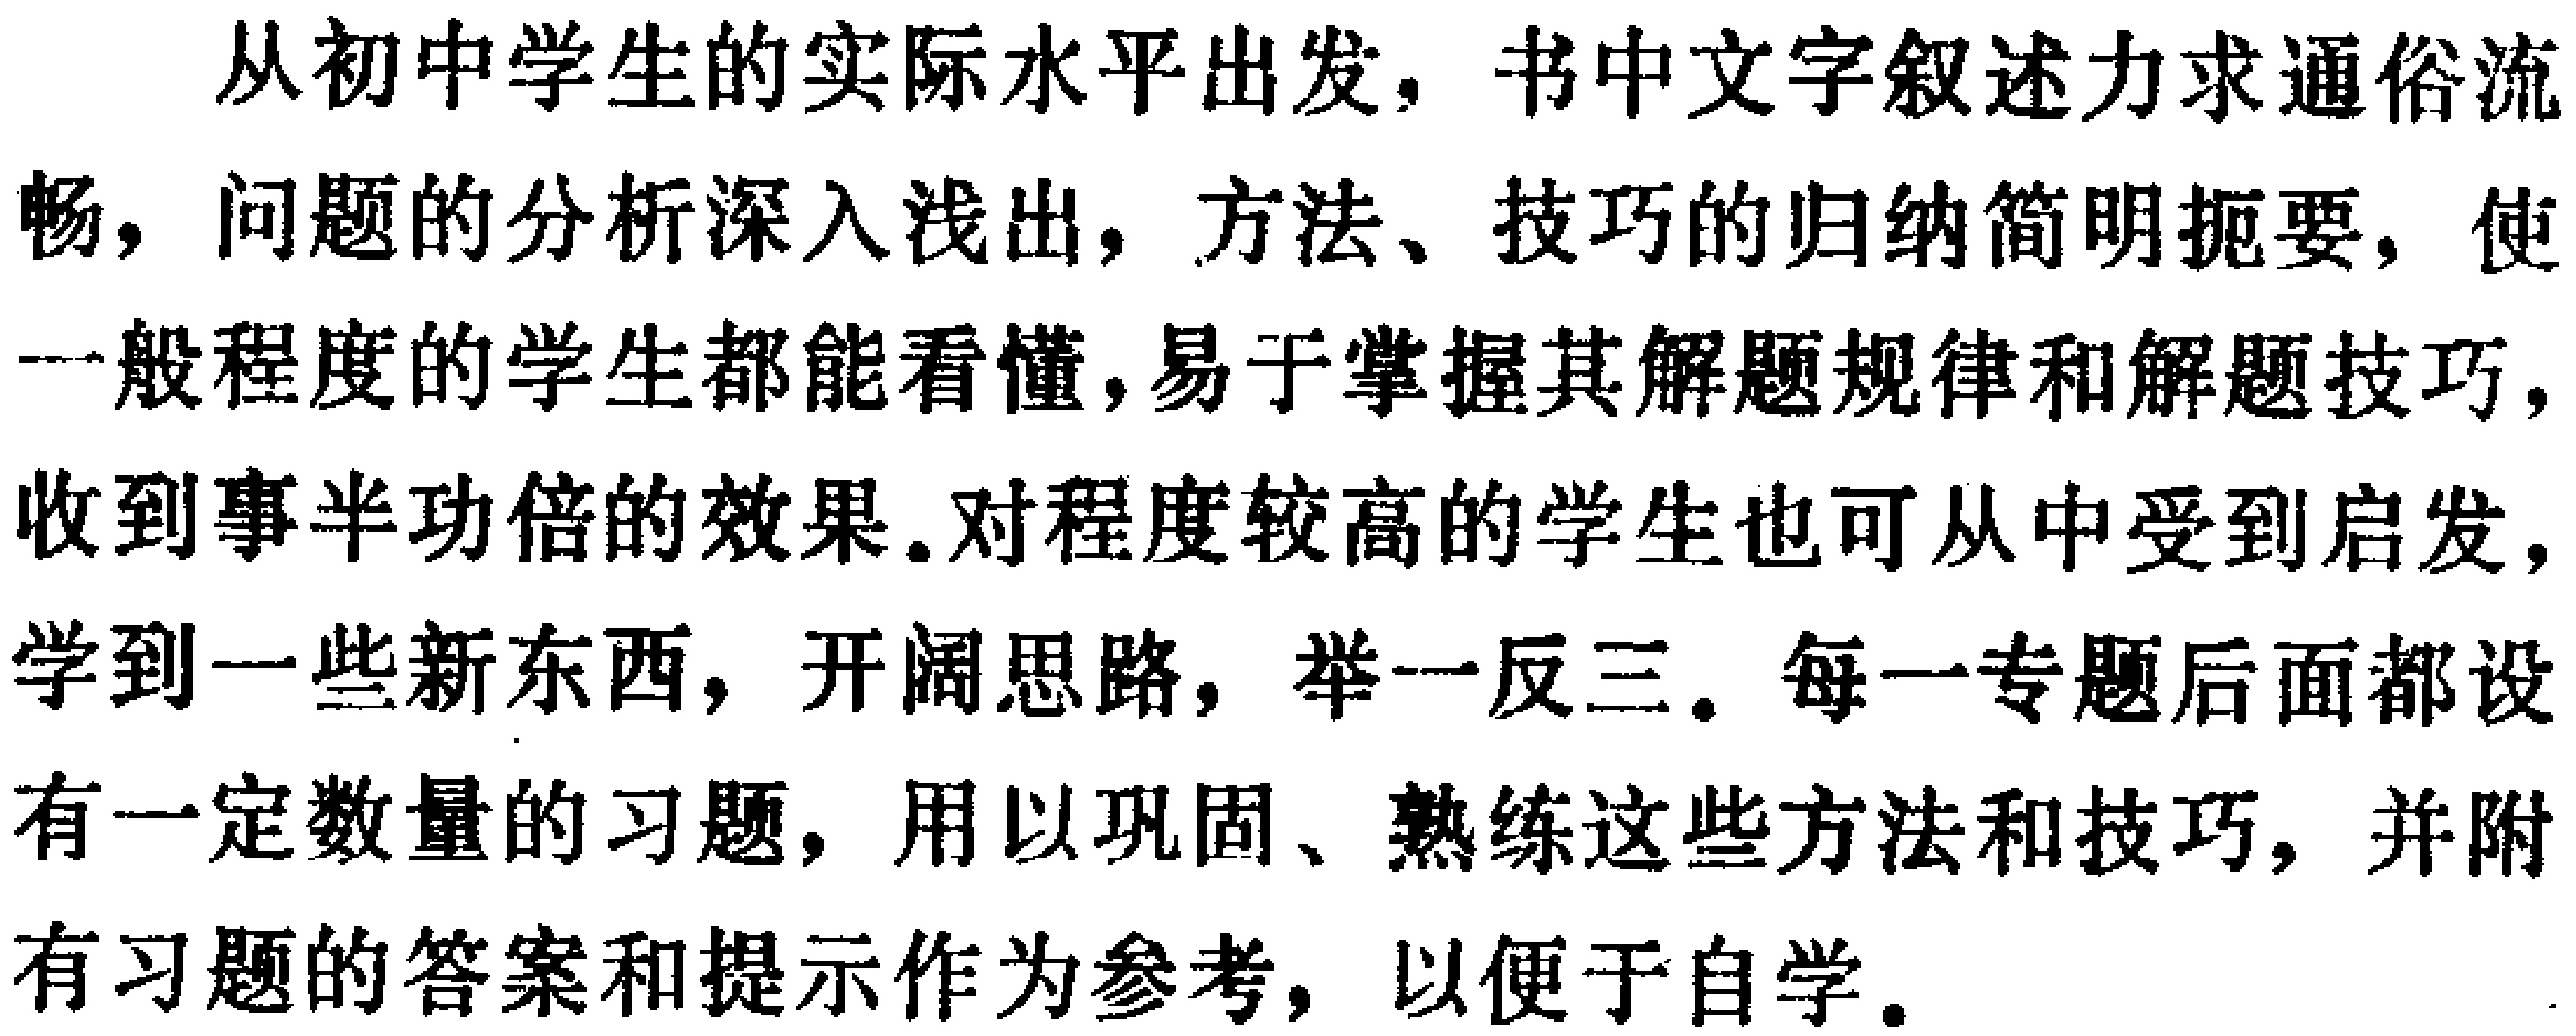
从初中学生的实际水平出发，书中文字叙述力求通俗流畅，问题的分析深入浅出，方法、技巧的归纳简明扼要，使一般程度的学生都能看懂，易于掌握其解题规律和解题技巧，收到事半功倍的效果。对程度较高的学生也可从中受到启发，学到一些新东西，开阔思路，举一反三。每一专题后面都设有一定数量的习题，用以巩固、熟练这些方法和技巧，并附有习题的答案和提示作为参考，以便于自学。